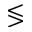
\lessgtr